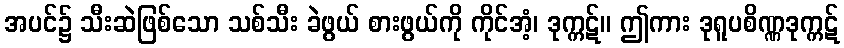
အပင်၌ သီးဆဲဖြစ်သော သစ်သီး ခဲဖွယ် စားဖွယ်ကို ကိုင်အံ့၊ ဒုက္ကဋ်။ ဤကား ဒုရူပစိဏ္ဏဒုက္ကဋ်